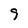
Character: 9